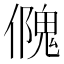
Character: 𠏁